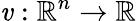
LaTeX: \mathit{v}:\mathbb{{R}}^{n}\to\mathbb{{R}}